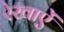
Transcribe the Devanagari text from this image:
रेखाऐं